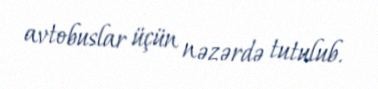
avtobuslar üçün nəzərdə tutulub.